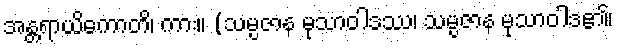
အန္တရာယိကောတိ၊ ကား။ (သမ္ပဇာန မုသာဝါဒဿ၊ သမ္ပဇာန မုသာဝါဒ၏၊